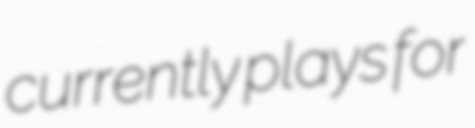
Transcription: currently plays for